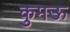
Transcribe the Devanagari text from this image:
कुमऊ